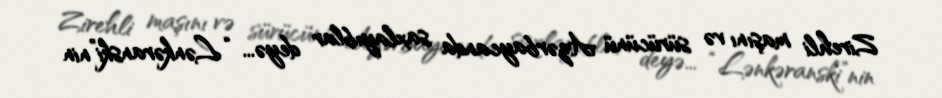
Zirehli maşını və sürücünü Azərbaycanda saxlayıblar deyə... “Lənkəranski”nin